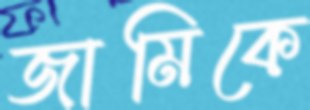
জামিকে